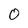
Character: 0